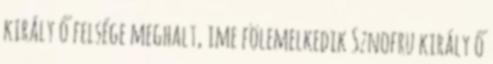
király ő felsége meghalt, ime fölemelkedik Sznofru király ő